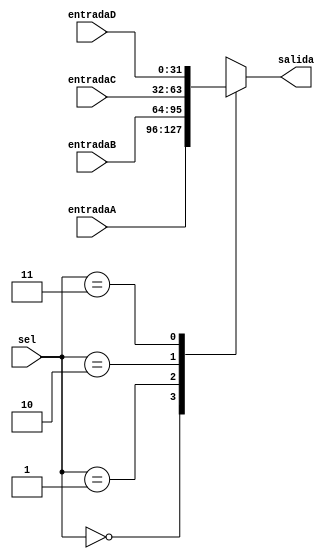
module Mux32bits4entradas(
    input [1:0] sel,
    input [31:0] entradaA,
    input [31:0] entradaB,
	 input [31:0] entradaC,
	 input [31:0] entradaD,
    output reg [31:0] salida
    );

	initial begin salida <= 32'b0; end
	
	always @ (*) begin
		case(sel)
			0:
				salida <= entradaA;
			1: 
				salida <= entradaB;
			2:
				salida <= entradaC;
			3:
				salida <= entradaD;
			default:
				salida <= entradaD;
		endcase
	end
	
endmodule